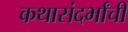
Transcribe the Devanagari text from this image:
कथासंदर्भांची